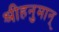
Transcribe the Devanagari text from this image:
श्रीहनुमान्